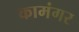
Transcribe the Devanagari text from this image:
कामंगर